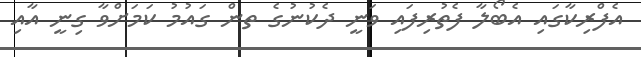
އެފްރިކާގައި އެބޯލާ ފެތުރިފައި ވަނީ ދެކުނުގެ ތން ގައުމު ކަމަށްވާ ގިނީ އާއި